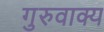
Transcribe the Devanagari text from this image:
गुरुवाक्य